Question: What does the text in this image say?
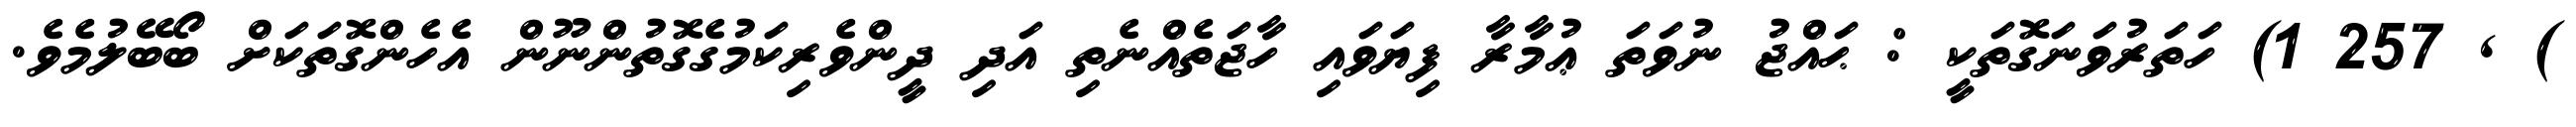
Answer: ) , 257 1) ހަތަރުވަނަގޮތަކީ : ޙައްޖު ނުވަތަ ޢުމާރާ ފިޔަވައި ހާޖަތެއްނެތި އަދި ދީންވެރިކަމުގެގޮތުންނޫން އެހެންގޮތަކަށް ބޯބޭލުމެވެ.